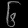
Digit: ၆